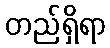
တည်ရှိရာ